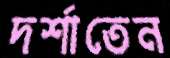
দর্শাতেন